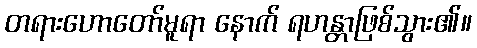
တရားဟောတော်မူရာ နောက် ရဟန္တာဖြစ်သွား၏။